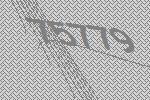
75779